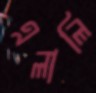
এলালি